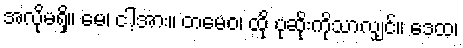
အလိုမရှိ။ မေ၊ ငါ့အား။ တမေဝ၊ ထို ပုဆိုးကိုသာလျှင်။ ဒေထ၊